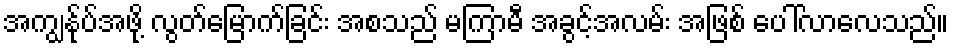
အကျွန်ုပ်အဖို့ လွတ်မြောက်ခြင်း အစသည် မကြာမီ အခွင့်အလမ်း အဖြစ် ပေါ်လာလေသည်။